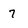
Character: 7